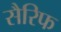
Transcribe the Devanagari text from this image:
सैरिफ